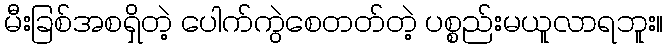
မီးခြစ်အစရှိတဲ့ ပေါက်ကွဲစေတတ်တဲ့ ပစ္စည်းမယူလာရဘူး။